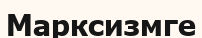
Марксизмге